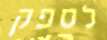
לספק